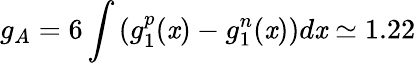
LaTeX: g_{A}=6\int{(g_{1}^{p}(\mathit{x})-g_{1}^{n}(\mathit{x}))d\mathit{x}}\simeq1.22